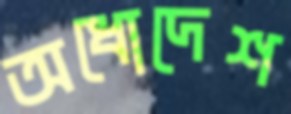
অধোদেশ